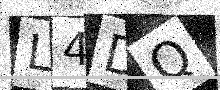
Text: L4DQ